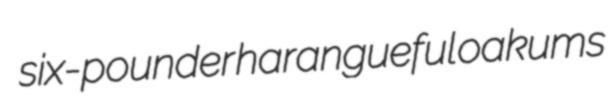
six-pounder harangueful oakums